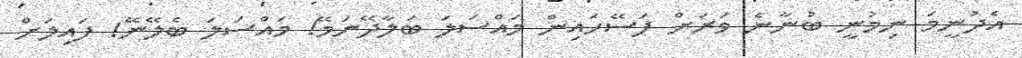
އެދުނީމަ ނިމުނީ ބުނާނެ ވަރަށް ފަސޭހައިން މައްސަލަ ބަލާދޭނަމޭ! މައްސަލަ ބެލޭނޭ! ފައިލަށް